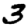
Digit: 3